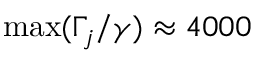
\operatorname* { m a x } ( \Gamma _ { j } / \gamma ) \approx 4 0 0 0